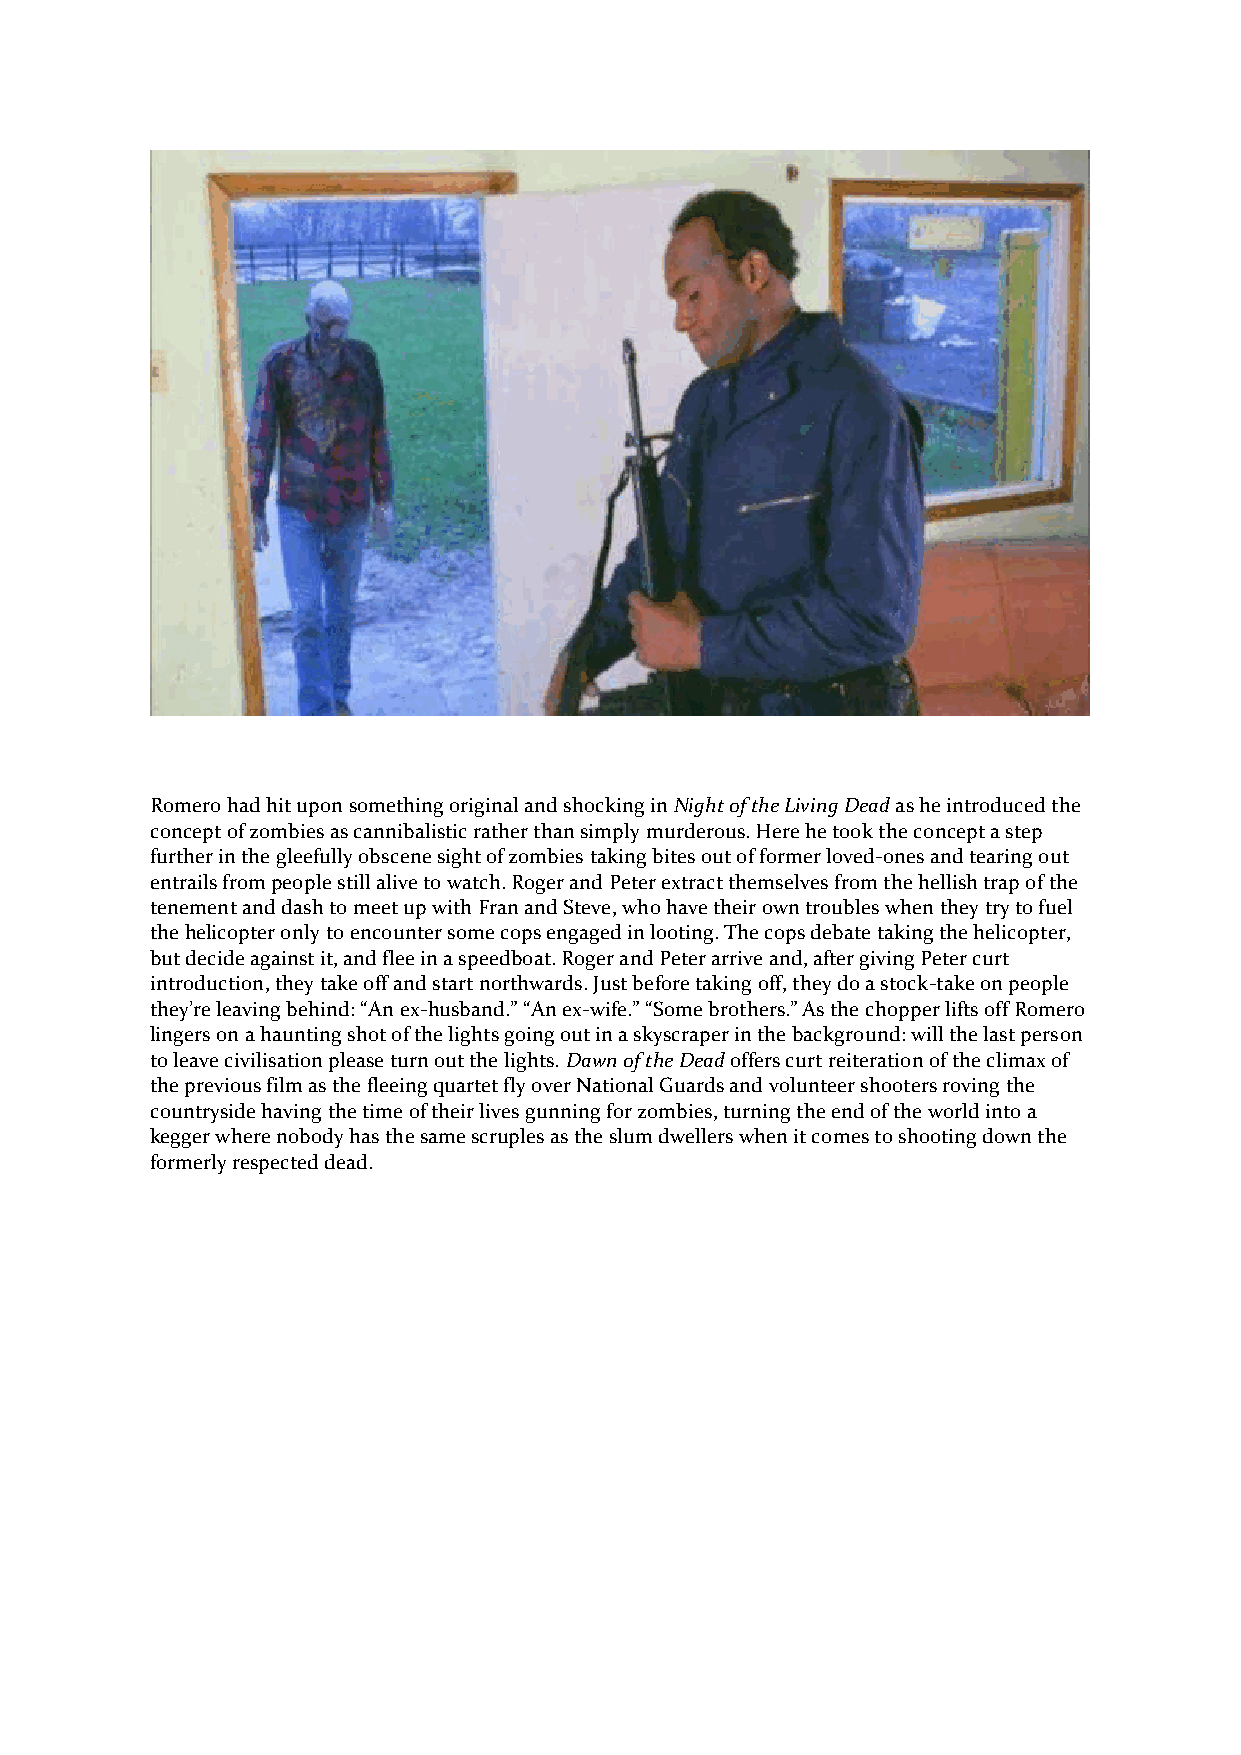
Romero had hit upon something original and shocking in Night of the Living Dead as he introduced the
 concept of zombies as cannibalistic rather than simply murderous. Here he took the concept a step
 further in the gleefully obscene sight of zombies taking bites out of former loved-ones and tearing out
 entrails from people still alive to watch. Roger and Peter extract themselves from the hellish trap of the
 tenement and dash to meet up with Fran and Steve, who have their own troubles when they try to fuel
 the helicopter only to encounter some cops engaged in looting. The cops debate taking the helicopter,
 but decide against it, and flee in a speedboat. Roger and Peter arrive and, after giving Peter curt
 introduction, they take off and start northwards. Just before taking off, they do a stock-take on people
 they’re leaving behind: “An ex-husband.” “An ex-wife.” “Some brothers.” As the chopper lifts off Romero
 lingers on a haunting shot of the lights going out in a skyscraper in the background: will the last person
 to leave civilisation please turn out the lights. Dawn of the Dead offers curt reiteration of the climax of
 the previous film as the fleeing quartet fly over National Guards and volunteer shooters roving the
 countryside having the time of their lives gunning for zombies, turning the end of the world into a
 kegger where nobody has the same scruples as the slum dwellers when it comes to shooting down the
 formerly respected dead.